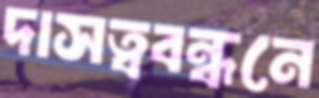
দাসত্ববন্ধনে